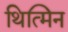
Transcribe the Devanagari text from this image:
थित्मिन